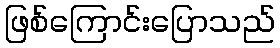
ဖြစ်ကြောင်းပြောသည်